Indian journal of veterinary science and animal husbandry - Volume 13,
Year: 1943
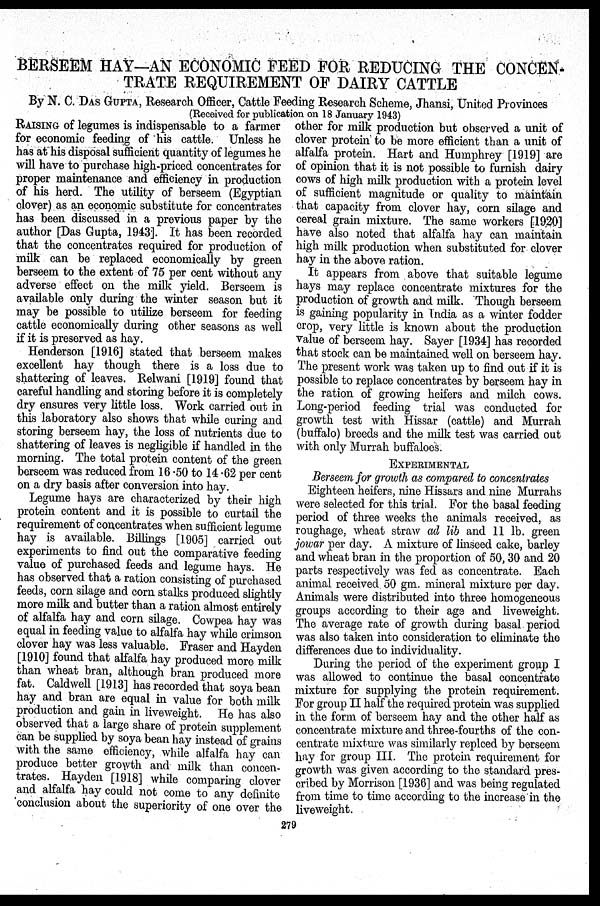
BERSEEM HAY—AN ECONOMIC FEED FOR REDUCING THE CONCEN-
TRATE REQUIREMENT OF DAIRY CATTLE
By N. C. DAS GUPTA, Research Officer, Cattle Feeding Research Scheme, Jhansi, United Provinces
(Received for publication on 18 January 1943)
RAISING of legumes is indispensable to a farmer
for economic feeding of his cattle. Unless he
has at his disposal sufficient quantity of legumes he
will have to purchase high-priced concentrates for
proper maintenance and efficiency in production
of his herd. The utility of berseem (Egyptian
clover) as an economic substitute for concentrates
has been discussed in a previous paper by the
author [Das Gupta, 1943]. It has been recorded
that the concentrates required for production of
milk can be replaced economically by green
berseem to the extent of 75 per cent without any
adverse effect on the milk yield. Berseem is
available only during the winter season but it
may be possible to utilize berseem for feeding
cattle economically during other seasons as well
if it is preserved as hay.
Henderson [1916] stated that berseem makes
excellent hay though there is a loss due to
shattering of leaves. Relwani [1919] found that
careful handling and storing before it is completely
dry ensures very little loss. Work carried out in
this laboratory also shows that while curing and
storing berseem hay, the loss of nutrients due to
shattering of leaves is negligible if handled in the
morning. The total protein content of the green
berseem was reduced from 16.50 to 14.62 per cent
on a dry basis after conversion into hay.
Legume hays are characterized by their high
protein content and it is possible to curtail the
requirement of concentrates when sufficient legume
hay is available. Billings [1905] carried out
experiments to find out the comparative feeding
value of purchased feeds and legume hays. He
has observed that a ration consisting of purchased
feeds, corn silage and corn stalks produced slightly
more milk and butter than a ration almost entirely
of alfalfa hay and corn silage. Cowpea hay was
equal in feeding value to alfalfa hay while crimson
clover hay was less valuable. Fraser and Hayden
[1910] found that alfalfa hay produced more milk
than wheat bran, although bran produced more
fat. Caldwell [1913] has recorded that soya bean
hay and bran are equal in value for both milk
production and gain in liveweight. He has also
observed that a large share of protein supplement
can be supplied by soya bean hay instead of grains
with the same efficiency, while alfalfa hay can
produce better growth and milk than concen-
trates. Hayden [1918] while comparing clover
and alfalfa hay could not come to any definite
'conclusion about the superiority of one over the
other for milk production but observed a unit of
clover protein to be more efficient than a unit of
alfalfa protein. Hart and Humphrey [1919] are
of opinion that it is not possible to furnish dairy
cows of high milk production with a protein level
of sufficient magnitude or quality to maintain
that capacity from clover hay, corn silage and
cereal grain mixture. The same workers [1920]
have also noted that alfalfa hay can maintain
high milk production when substituted for clover
hay in the above ration.
It appears from above that suitable legume
hays may replace concentrate mixtures for the
production of growth and milk. Though berseem
is gaining popularity in India as a winter fodder
crop, very little is known about the production
value of berseem hay. Sayer [1934] has recorded
that stock can be maintained well on berseem hay.
The present work was taken up to find out if it is
possible to replace concentrates by berseem hay in
the ration of growing heifers and milch cows.
Long-period feeding trial was conducted for
growth test with Hissar (cattle) and Murrah
(buffalo) breeds and the milk test was carried out
with only Murrah buffaloes.
EXPERIMENTAL
Berseem for growth as compared to concentrates
Eighteen heifers, nine Hissars and nine Murrahs
were selected for this trial. For the basal feeding
period of three weeks the animals received, as
roughage, wheat straw ad lib and 11 lb. green
jowar per day. A mixture of linseed cake, barley
and wheat bran in the proportion of 50, 30 and 20
parts respectively was fed as concentrate. Each
animal received 50 gm. mineral mixture per day.
Animals were distributed into three homogeneous
groups according to their age and liveweight.
The average rate of growth during basal period
was also taken into consideration to eliminate the
differences due to individuality.
During the period of the experiment group I
was allowed to continue the basal concentrate
mixture for supplying the protein requirement.
For group II half the required protein was supplied
in the form of berseem hay and the other half as
concentrate mixture and three-fourths of the con-
centrate mixture was similarly replced by berseem
hay for group III. The protein requirement for
growth was given according to the standard pres-
cribed by Morrison [1936] and was being regulated
from time to time according to the increase in the
liveweight.
279